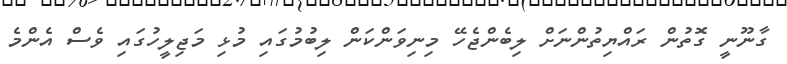
ގާނޫނީ ގޮތުން ރައްޔިތުންނަށް ލިބެންޖެހޭ މިނިވަންކަން ލިބުމުގައި މުޅި މަޖިލީހުގައި ވެސް އެންމެ